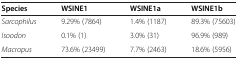
<table><thead><tr><td><b>Species</b></td><td><b>WSINE1</b></td><td><b>WSINE1a</b></td><td><b>WSINE1b</b></td></tr></thead><tbody><tr><td><i>Sarcophilus</i></td><td>9.29% (7864)</td><td>1.4% (1187)</td><td>89.3% (75603)</td></tr><tr><td><i>Isoodon</i></td><td>0.1% (1)</td><td>3.0% (31)</td><td>96.9% (989)</td></tr><tr><td><i>Macropus</i></td><td>73.6% (23499)</td><td>7.7% (2463)</td><td>18.6% (5956)</td></tr></tbody></table>